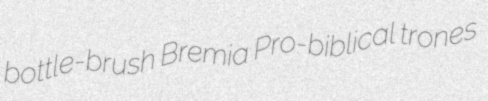
bottle-brush Bremia Pro-biblical trones